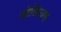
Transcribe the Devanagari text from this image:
होलिज़्म